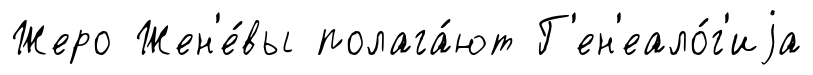
Жеро Жен'е́вы полага́ют Г'ен'еало́г'иjа